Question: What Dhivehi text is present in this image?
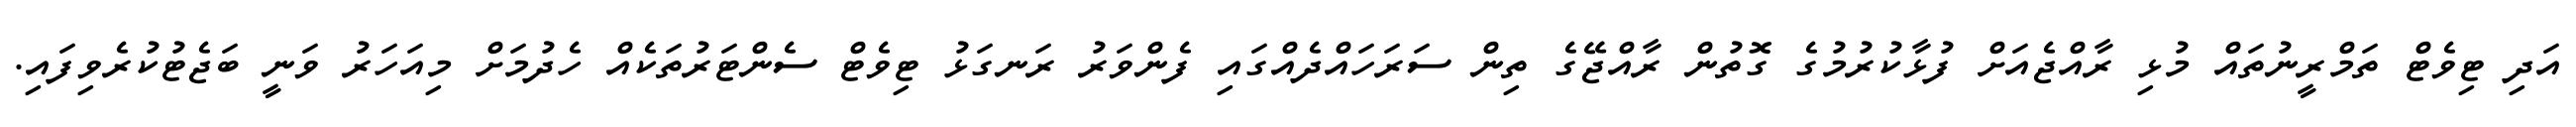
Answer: އަދި ޓިވެޓް ތަމްރީނުތައް މުޅި ރާއްޖެއަށް ފުޅާކުރުމުގެ ގޮތުން ރާއްޖޭގެ ތިން ސަރަހައްދެއްގައި ފެންވަރު ރަނގަޅު ޓިވެޓް ސެންޓަރުތަކެއް ހެދުމަށް މިއަހަރު ވަނީ ބަޖެޓުކުރެވިފައި.